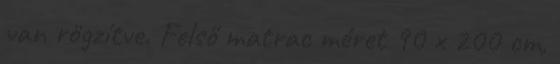
van rögzítve. Felső matrac méret 90 x 200 cm,